Annual returns of the Patna Lunatic Asylum at Bankipore in Bihar and Orissa - 1912-1924
Year: 1912
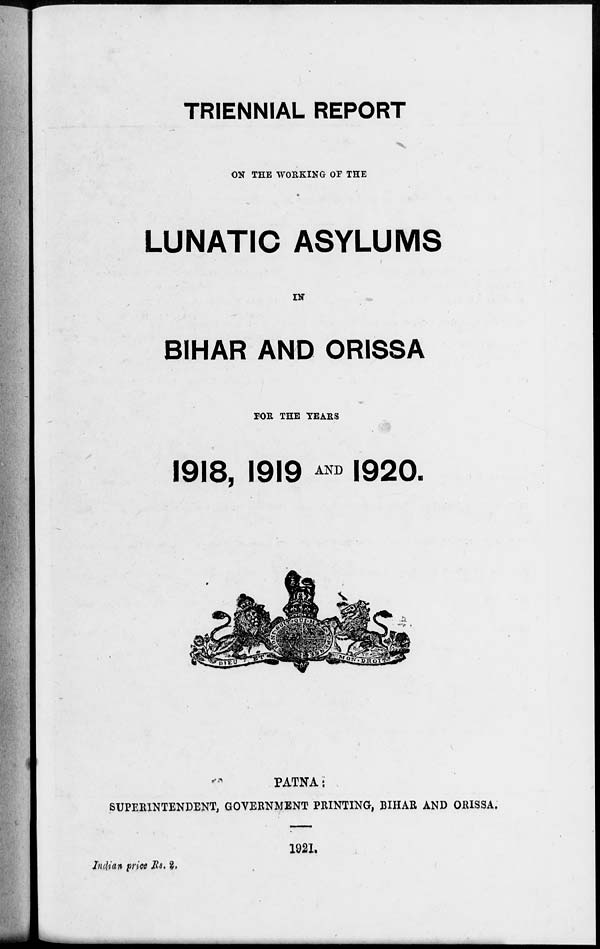
TRIENNIAL REPORT
ON THE WORKING OF THE
LUNATIC ASYLUMS
IN
BIHAR AND ORISSA
FOR THE YEARS
1918, 1919 AND 1920.
PATNA:
SUPERINTENDENT, GOVERNMENT PRINTING, BIHAR AND ORISSA.
1921.
Indian price Rs. 2.